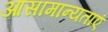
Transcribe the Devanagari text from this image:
आसामान्यताएं